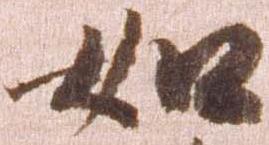
如